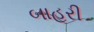
બાહરી